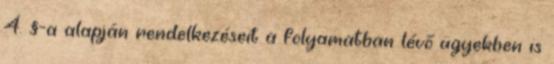
4. §-a alapján rendelkezéseit a folyamatban lévő ügyekben is